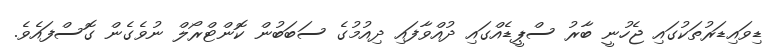
ޑިވައިޑަރުތަކުގައި ޖެހުނީ ބާރު ސްޕީޑެއްގައި ދުއްވާފައި ދިއުމުގެ ސަބަބުން ކޮންޓްރޯލް ނުވެގެން ގޮސްފައެވެ.